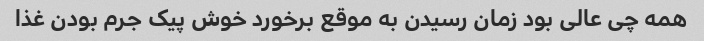
همه چی عالی بود زمان رسیدن به موقع برخورد خوش پیک جرم بودن غذا